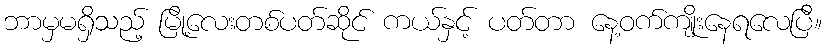
ဘာမှမရှိသည့် မြို့လေးတစ်ပတ်ဆိုင် ကယ်နှင့် ပတ်တာ နေ့ဝက်ကျိုးနေရလေပြီ။